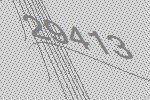
29413